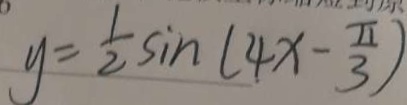
y = \frac { 1 } { 2 } \sin ( 4 x - \frac { \pi } { 3 } )